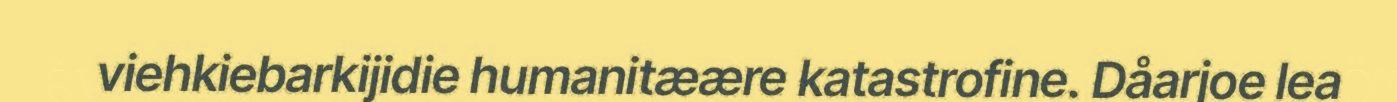
viehkiebarkijidie humanitæære katastrofine. Dåarjoe lea